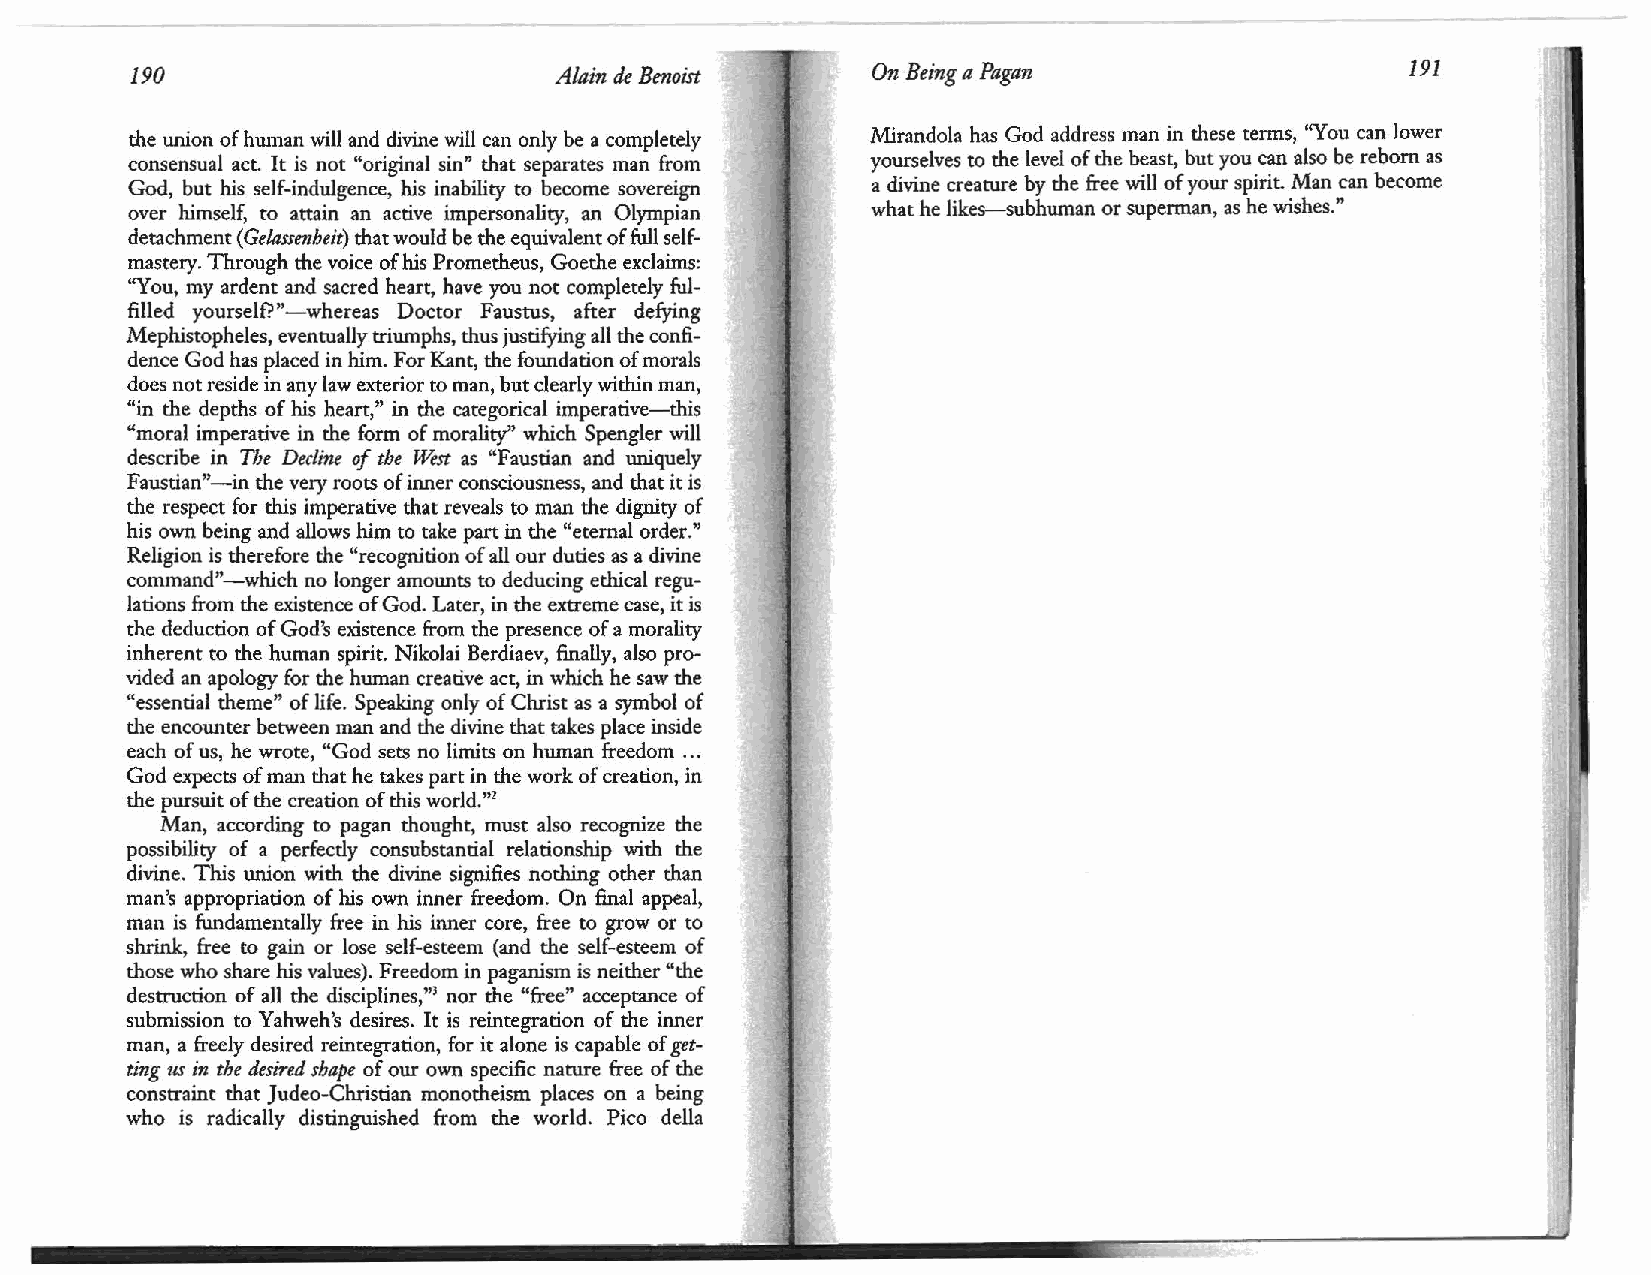
190                         Alain de Benoist     On Being a Pagan                   191
 the union of human will and divine will can only be a completely Mirandola has God address man in these terms, "You can lower
 consensual act. It is not "original sin" that separates man from yourselves to the level of the beast, but you can also be reborn as
 God, but his self-indulgence, his inability to become sovereign a divine creature by the free will of your spirit. Man can become
 over himself, to attain an active impersonality, an Olympian what he likes-subhuman or superman, as he wishes."
 detachment (Gelassenheit) that would be the equivalent of full self
 mastery. Through the voice of his Prometheus, Goethe exclaims:
 "You, my ardent and sacred heart, have you not completely ful
 filled yourself?"-whereas Doctor Faustus, after defying
 Mephistopheles, eventually triumphs, thus justifying all the confi
 dence God has placed in him. For Kant, the foundation of morals
 does not reside in any law exterior to man, but clearly within man,
 "in the depths of his heart," in the categorical imperative-this
 "moral imperative in the form of morality" which Spengler will
 describe in The Decline of the West as "Faustian and uniquely
 Faustian"-in the very roots of inner consciousness, and that it is
 the respect for this imperative that reveals to man the dignity of
 his own being and allows him to take part in the "eternal order."
 Religion is therefore the "recognition of all our duties as a divine
 command"-which no longer amounts to deducing ethical regu
 lations from the existence of God. Later, in the extreme case, it is
 the deduction of God's existence from the presence of a morality
 inherent to the human spirit. Nikolai Berdiaev, finally, also pro
 vided an apology for the human creative act, in which he saw the
 "essential theme" of life. Speaking only of Christ as a symbol of
 the encounter between man and the divine that takes place inside
 each of us, he wrote, "God sets no limits on human freedom ...
 God expects of man that he takes part in the work of creation, in
 the pursuit of the creation of this world.m
 Man, according to pagan thought, must also recognize the
 possibility of a perfecdy consubstantial relationship with the
 divine. This union with the divine signifies nothing other than
 man's appropriation of his own inner freedom. On final appeal,
 man is fundamentally free in his inner core, free to grow or to
 shrink, free to gain or lose self-esteem (and the self-esteem of
 those who share his values). Freedom in paganism is neither "the
 destruction of all the disciplines,''3 nor the "free" acceptance of
 submission to Yahweh's desires. It is reintegration of the inner
 man, a freely desired reintegration, for it alone is capable of get
 ting us in the desired shape of our own specific nature free of the
 constraint that Judea-Christian monotheism places on a being
 who is radically distinguished from the world. Pico della